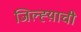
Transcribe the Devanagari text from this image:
जिल्ह्य़ाची